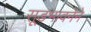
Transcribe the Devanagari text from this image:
सूडभावनेने